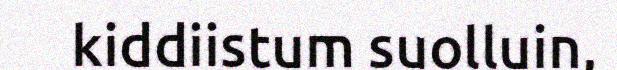
kiddiistum suolluin,